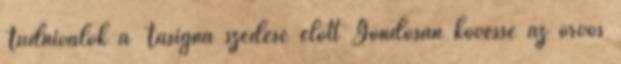
Tudnivalók a Tasigna szedése előtt Gondosan kövesse az orvos